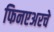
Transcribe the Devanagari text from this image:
फिनएअरचे